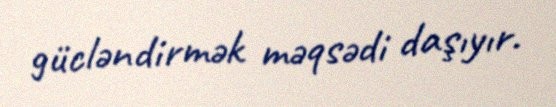
gücləndirmək məqsədi daşıyır.